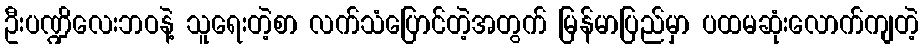
ဦးပဏ္ဍိလေးဘဝနဲ့ သူရေးတဲ့စာ လက်သံပြောင်တဲ့အတွက် မြန်မာပြည်မှာ ပထမဆုံးလောက်ကျတဲ့